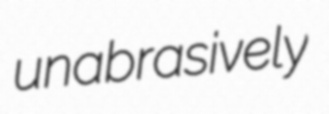
unabrasively